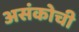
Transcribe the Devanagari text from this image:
असंकोची